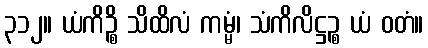
၃၁၂။ ယံကိဉ္စိ သိထိလံ ကမ္မံ၊ သံကိလိဋ္ဌဉ္စ ယံ ဝတံ။